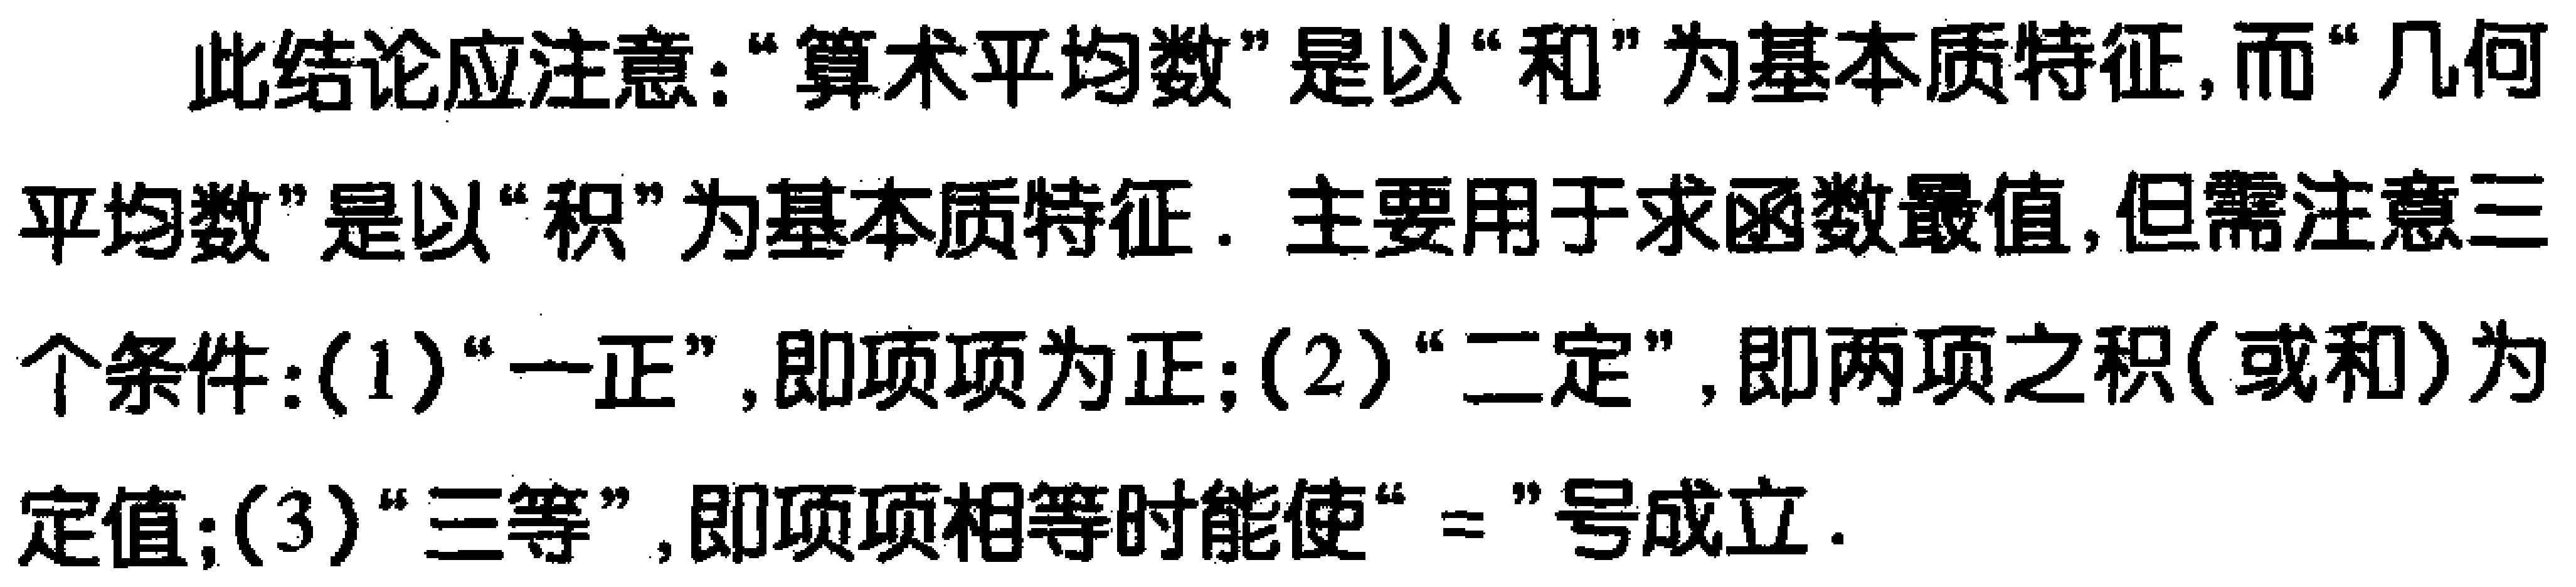
此结论应注意：“算术平均数”是以“和”为基本质特征，而“几何平均数”是以“积”为基本质特征. 主要用于求函数最值,但需注意三个条件:（1）“一正”,即项项为正;（2）“二定”,即两项之积(或和)为定值;（3）“三等”,即项项相等时能使“$=$”号成立.